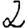
Digit: 2